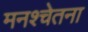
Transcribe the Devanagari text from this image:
मनश्चेतना